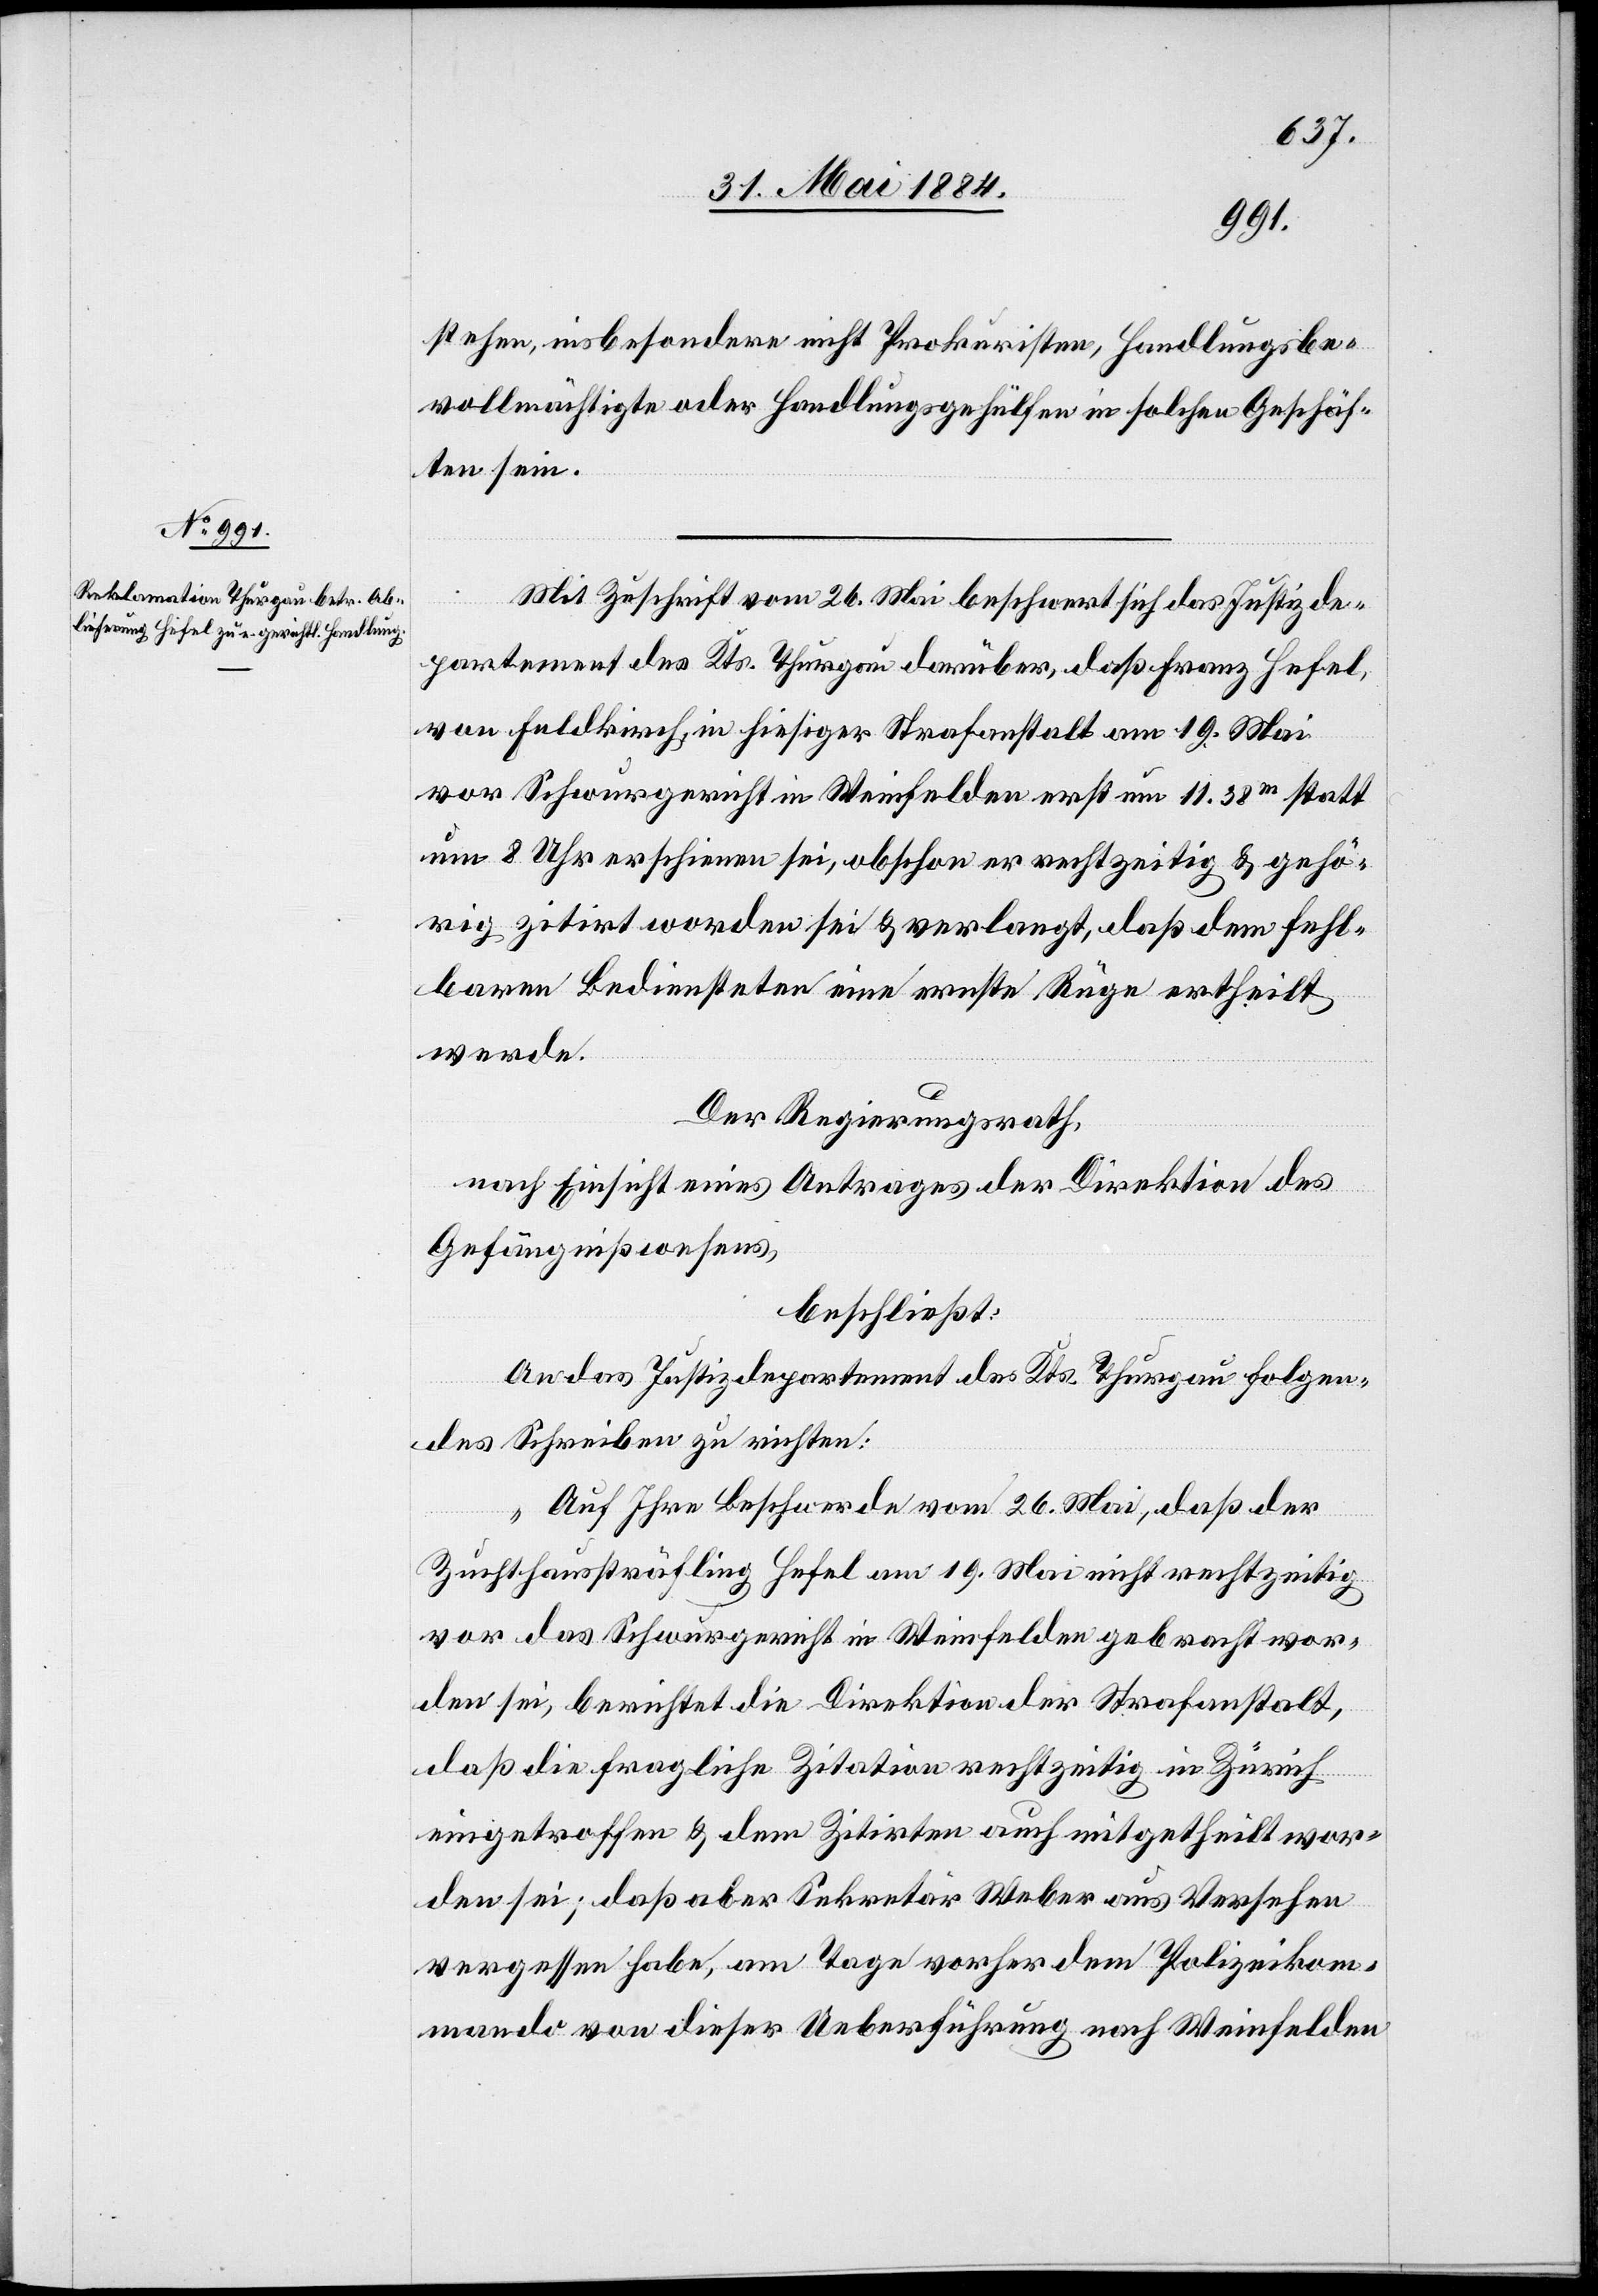
stehen, insbesondere nicht Prokuristen, Handlungsbe¬
vollmächtigte oder Handlungsgehülfen in solchen Geschäf¬
ten sein.
Mit Zuschrift vom 26. Mai beschwert sich das Justizde¬
partement des Kts. Thurgau darüber, daß Franz Hefel,
von Feldkirch, in hiesiger Strafanstalt am 19. Mai
vor Schwurgericht in Weinfelden erst um 11.38m statt
um 8 Uhr erschienen sei, obschon er rechtzeitig & gehö¬
rig zitirt worden sei & verlangt, daß dem Fehl¬
baren Bediensteten eine ernste Rüge ertheilt
werde.
Der Regierungsrath,
nach Einsicht eines Antrages der Direktion des
Gefängnißwesens,
beschließt:
An das Justizdepartement des Kts. Thurgau folgen¬
des Schreiben zu richten:
„Auf Ihre Beschwerde vom 26. Mai, daß der
Zuchthaussträfling Hefel am 19. Mai nicht rechtzeitig
vor das Schwurgericht in Weinfelden gebracht wor¬
den sei, berichtet die Direktion der Strafanstalt,
daß die fragliche Zitation rechtzeitig in Zürich
eingetroffen & dem Zitirten auch mitgetheilt wor¬
den sei; daß aber Sekretär Weber aus Versehen
vergessen habe, am Tage vorher dem Polizeikom¬
mando von dieser Ueberführung nach Weinfelden